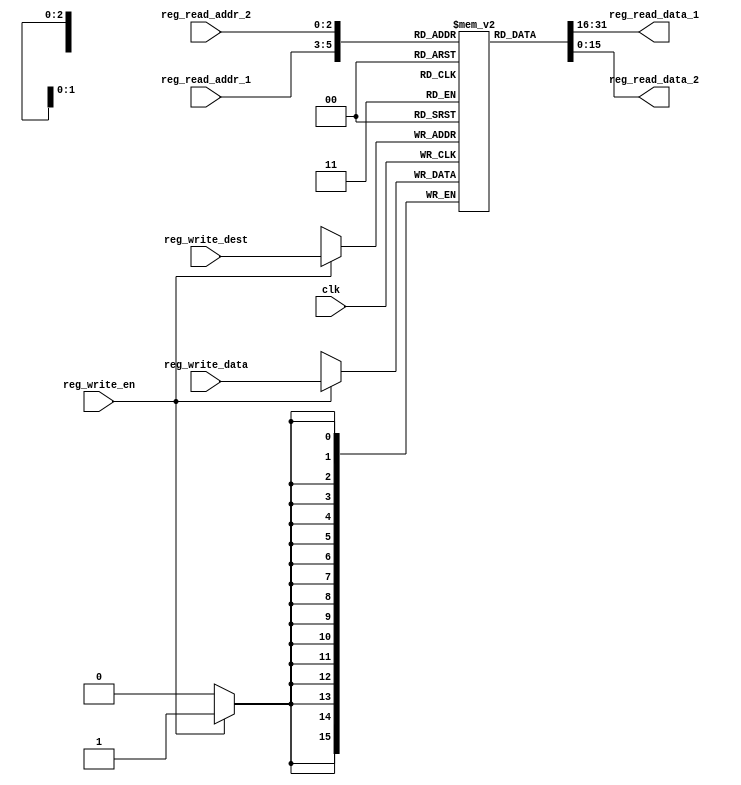
`timescale 1ns/1ps
module GPRs(input clk,
            input reg_write_en,
            input  [2:0] reg_write_dest,
            input  [15:0] reg_write_data,
            input  [2:0] reg_read_addr_1,
            output  [15:0] reg_read_data_1,
            input  [2:0] reg_read_addr_2,
            output  [15:0] reg_read_data_2);
    reg [15:0] reg_array [7:0];
    integer i;
    initial begin
    for(i=0;i<8;i=i+1)
      reg_array[i] <= 16'd0;
    end
    always @ (posedge clk ) 
    begin
      if(reg_write_en) 
      begin
        reg_array[reg_write_dest] <= reg_write_data;
      end
   end
  assign reg_read_data_1 = reg_array[reg_read_addr_1];
 assign reg_read_data_2 = reg_array[reg_read_addr_2];
endmodule